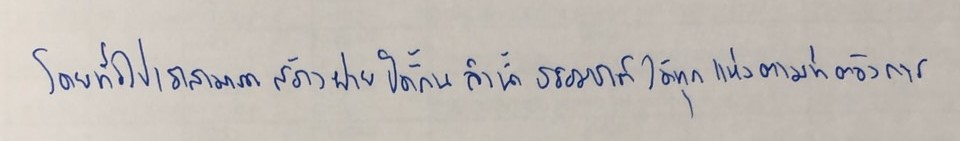
โดยทั่วไปเราสามารถสร้างฝายปิดกั้นลำน้ำธรรมชาติได้ทุกแห่งตามที่ต้องการ